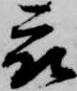
被